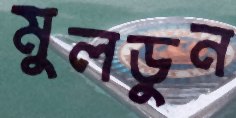
মুলডুন